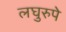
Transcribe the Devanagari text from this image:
लघुरुपे